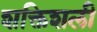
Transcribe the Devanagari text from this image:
शक्तिशली